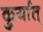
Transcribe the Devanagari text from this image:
कुर्यात्‌